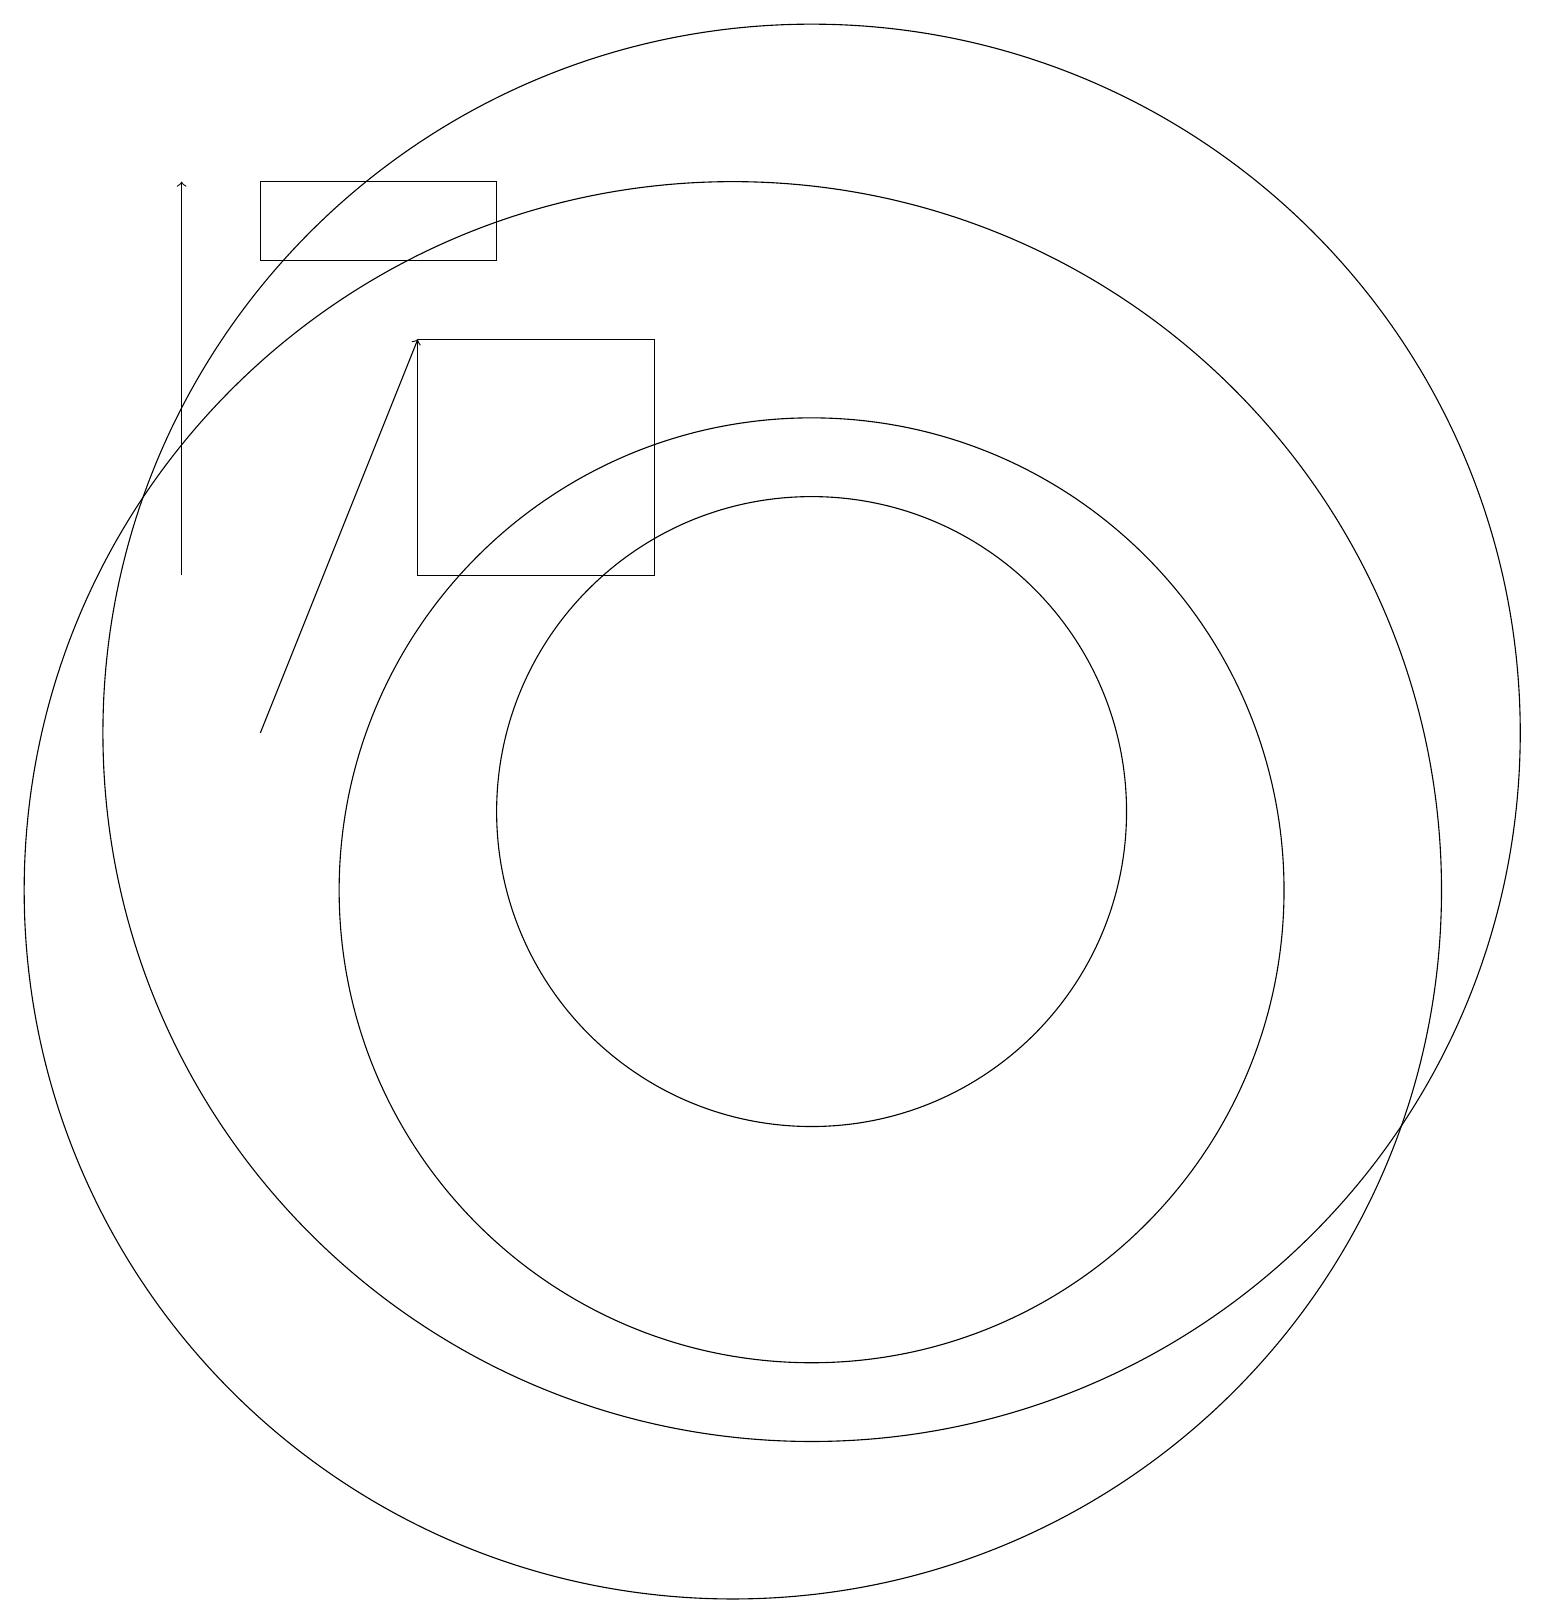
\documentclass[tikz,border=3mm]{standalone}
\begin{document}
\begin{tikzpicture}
\draw (11,12) circle (9);
\draw (11,10) circle (6);
\draw[->] (4,12) -- (6,17);
\draw[->] (3,14) -- (3,19);
\draw (7,18) rectangle (4,19);
\draw (10,10) circle (9);
\draw (11,11) circle (4);
\draw (9,14) rectangle (6,17);
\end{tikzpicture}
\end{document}